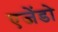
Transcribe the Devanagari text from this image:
एजेंडो